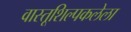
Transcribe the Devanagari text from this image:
वास्तूशिल्पकलेला